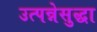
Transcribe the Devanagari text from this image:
उत्पन्नेसुद्धा